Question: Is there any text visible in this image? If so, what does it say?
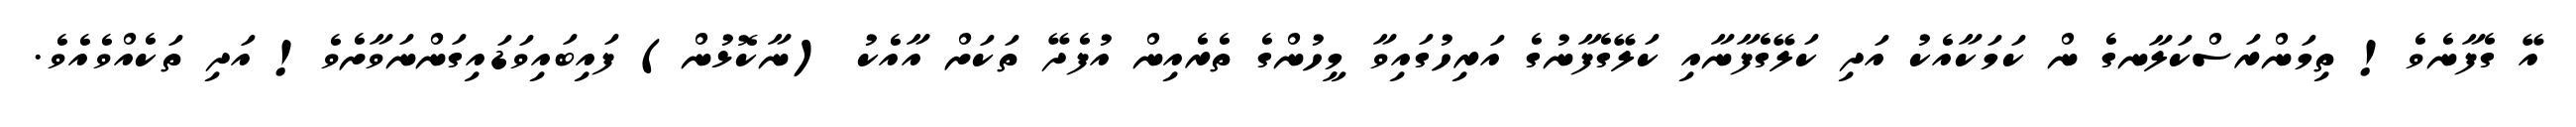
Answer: އޭ ގެފާނެވެ! ތިމަންރަސްކަލާނގެ ން ކަމަކާއެކު އަދި ކަލޭގެފާނާއި ކަލޭގެފާނުގެ އަރިހުގައިވާ މީހުންގެ ތެރެއިން އުފެދޭ ތަކަށް އާއެކު (ނާކޮޅުން) ފައިބައިވަޑައިގަންނަވާށެވެ! އަދި ތަކެއްވެއެވެ.